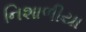
નિશાળીયા